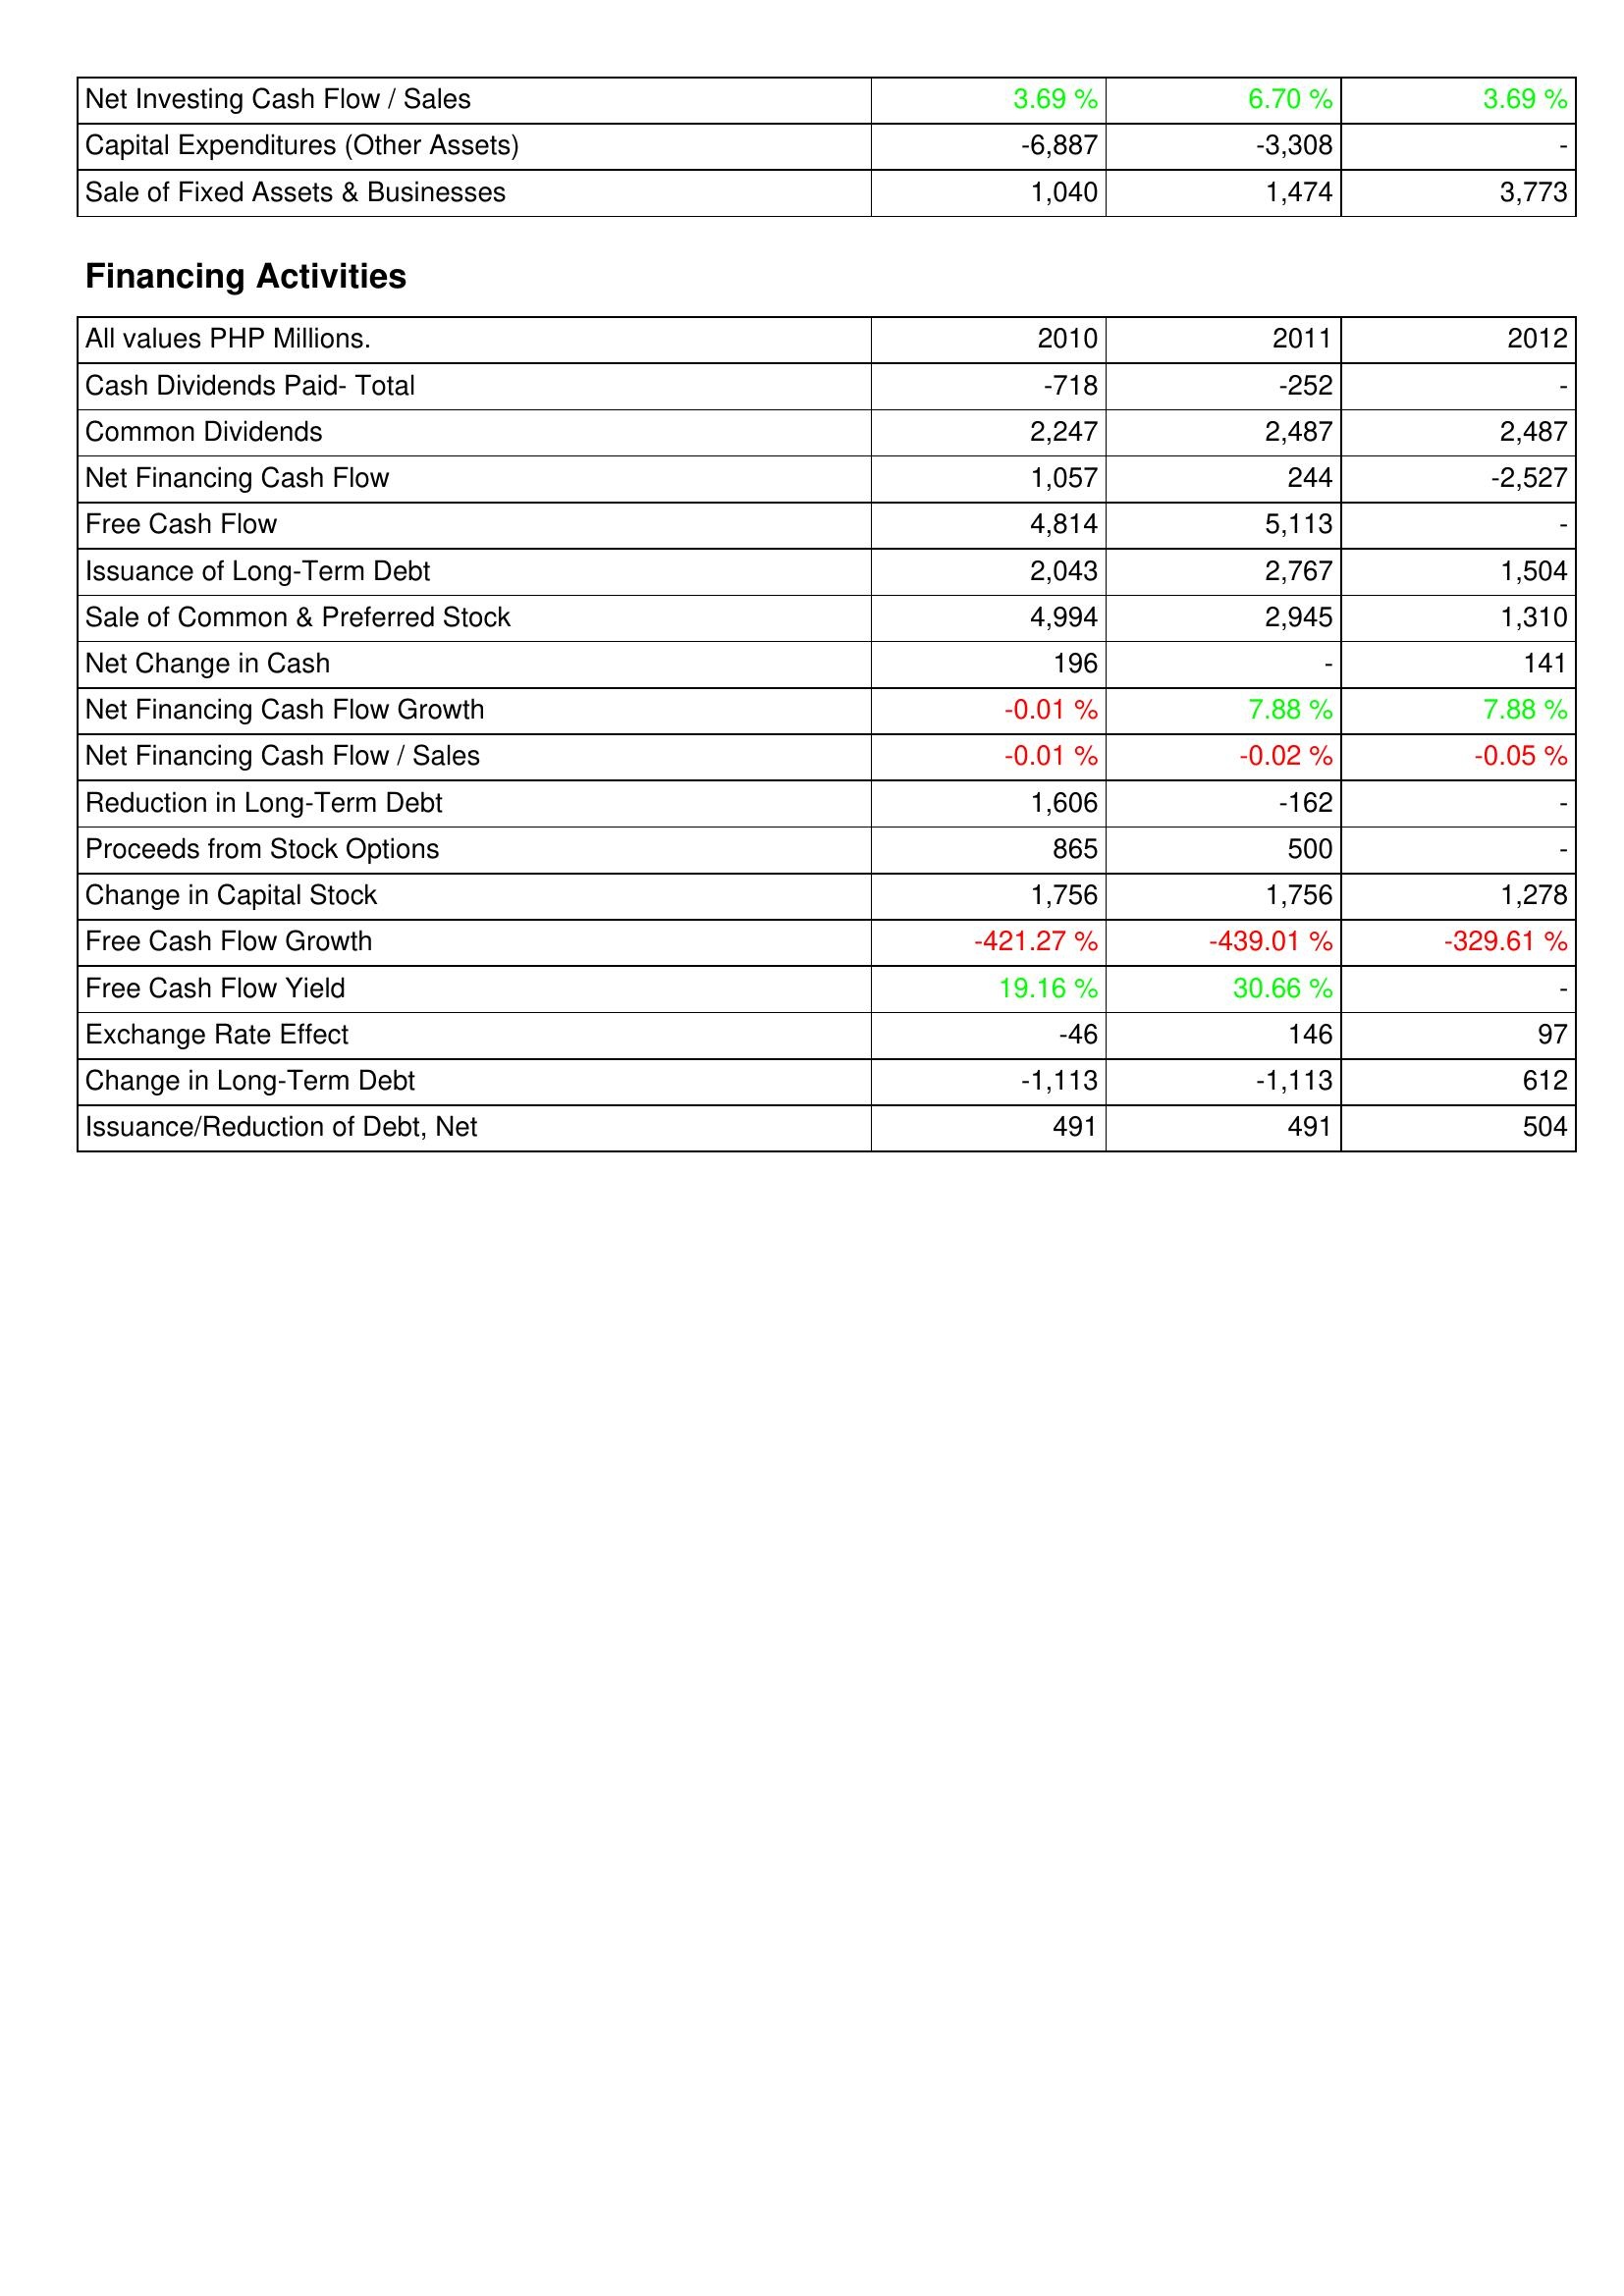
2010: Investing Activities: Net Investing Cash Flow / Sales: 3.69 %
Capital Expenditures (Other Assets): -6,887
Sale of Fixed Assets & Businesses: 1,040
Financing Activities: Cash Dividends Paid- Total: -718
Common Dividends: 2,247
Net Financing Cash Flow: 1,057
Free Cash Flow: 4,814
Issuance of Long-Term Debt: 2,043
Sale of Common & Preferred Stock: 4,994
Net Change in Cash: 196
Net Financing Cash Flow Growth: -0.01 %
Net Financing Cash Flow / Sales: -0.01 %
Reduction in Long-Term Debt: 1,606
Proceeds from Stock Options: 865
Change in Capital Stock: 1,756
Free Cash Flow Growth: -421.27 %
Free Cash Flow Yield: 19.16 %
Exchange Rate Effect: -46
Change in Long-Term Debt: -1,113
Issuance/Reduction of Debt, Net: 491
2011: Investing Activities: Net Investing Cash Flow / Sales: 6.70 %
Capital Expenditures (Other Assets): -3,308
Sale of Fixed Assets & Businesses: 1,474
Financing Activities: Cash Dividends Paid- Total: -252
Common Dividends: 2,487
Net Financing Cash Flow: 244
Free Cash Flow: 5,113
Issuance of Long-Term Debt: 2,767
Sale of Common & Preferred Stock: 2,945
Net Change in Cash: -
Net Financing Cash Flow Growth: 7.88 %
Net Financing Cash Flow / Sales: -0.02 %
Reduction in Long-Term Debt: -162
Proceeds from Stock Options: 500
Change in Capital Stock: 1,756
Free Cash Flow Growth: -439.01 %
Free Cash Flow Yield: 30.66 %
Exchange Rate Effect: 146
Change in Long-Term Debt: -1,113
Issuance/Reduction of Debt, Net: 491
2012: Investing Activities: Net Investing Cash Flow / Sales: 3.69 %
Capital Expenditures (Other Assets): -
Sale of Fixed Assets & Businesses: 3,773
Financing Activities: Cash Dividends Paid- Total: -
Common Dividends: 2,487
Net Financing Cash Flow: -2,527
Free Cash Flow: -
Issuance of Long-Term Debt: 1,504
Sale of Common & Preferred Stock: 1,310
Net Change in Cash: 141
Net Financing Cash Flow Growth: 7.88 %
Net Financing Cash Flow / Sales: -0.05 %
Reduction in Long-Term Debt: -
Proceeds from Stock Options: -
Change in Capital Stock: 1,278
Free Cash Flow Growth: -329.61 %
Free Cash Flow Yield: -
Exchange Rate Effect: 97
Change in Long-Term Debt: 612
Issuance/Reduction of Debt, Net: 504